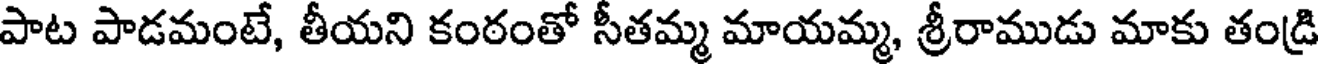
పాట పాడమంటే, తీయని కంఠంతో సీతమ్మ మాయమ్మ, శ్రీరాముడు మాకు తండ్రి